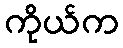
ကိုယ်က